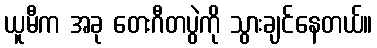
ယူမီက အခု တေးဂီတပွဲကို သွားချင်နေတယ်။